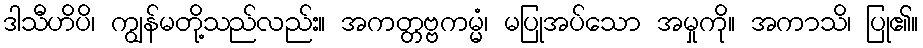
ဒါသီဟိပိ၊ ကျွန်မတို့သည်လည်း။ အကတ္တဗ္ဗကမ္မံ၊ မပြုအပ်သော အမှုကို။ အကာသိ၊ ပြု၏။